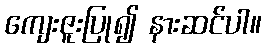
ကျေးဇူးပြု၍ နားဆင်ပါ။